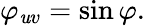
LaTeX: \varphi_{\mathit{u}v}=\sin\varphi.